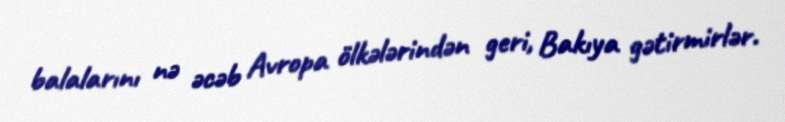
balalarını nə əcəb Avropa ölkələrindən geri, Bakıya gətirmirlər.